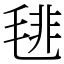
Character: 毴